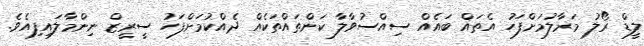
ލީޑް ރޯލު މަރާލުމަށްފަހު އެތައް ބައެއް ސިއްސުވާލާ ކަންތައްތަކެއް ދެއްކުމަށްފަހު ސީރީޒް ނިންމާލައިފިއެވެ.